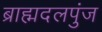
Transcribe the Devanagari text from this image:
ब्राह्मदलपुंज